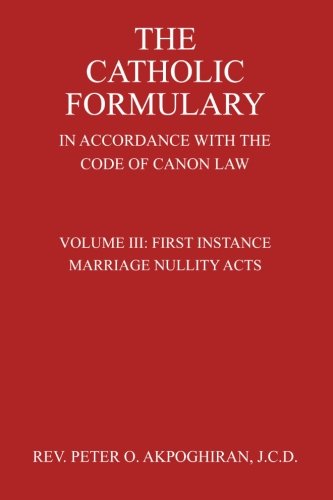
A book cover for The Catholic Formulary In Accordance with the Code of Canon Law (First Instance Marriage Nullity Acts) (Volume 3); Rev. Peter O. Akpoghiran J.C.D.; Christian Books & Bibles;